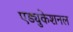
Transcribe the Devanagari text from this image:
एड्युकेशनल